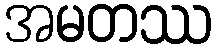
အမတဿ